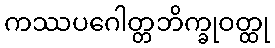
ကဿပဂေါတ္တဘိက္ခုဝတ္ထု